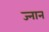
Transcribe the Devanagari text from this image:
ज्नान